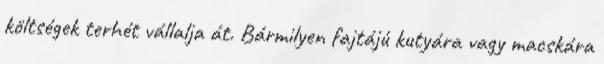
költségek terhét vállalja át. Bármilyen fajtájú kutyára vagy macskára